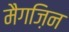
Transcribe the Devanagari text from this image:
मैगज़िन